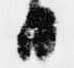
日